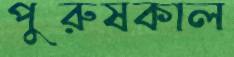
পুরুষকাল